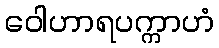
ဝေါဟာရပက္ကာဟံ